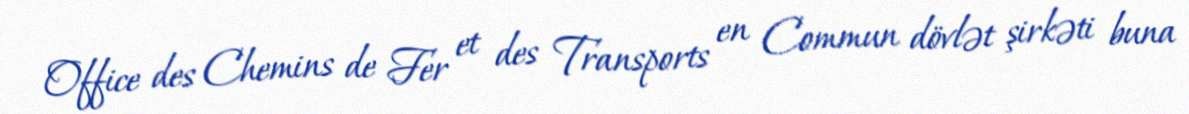
Office des Chemins de Fer et des Transports en Commun dövlət şirkəti buna